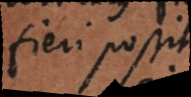
fieri possit.